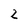
Character: 2